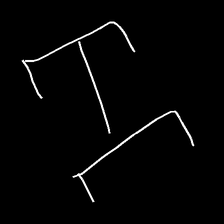
Glyph: entwine